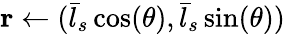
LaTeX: \mathbf r\gets(\bar{l}_{s}\cos(\theta),\bar{l}_{s}\sin(\theta))